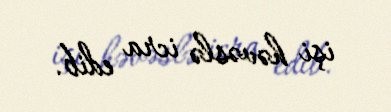
işi həvəslə icra edib.